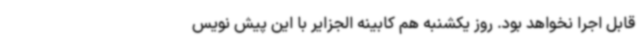
قابل اجرا نخواهد بود. روز یکشنبه هم کابینه الجزایر با این پیش نویس